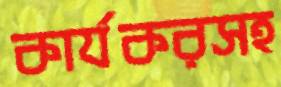
কার্যকরসহ